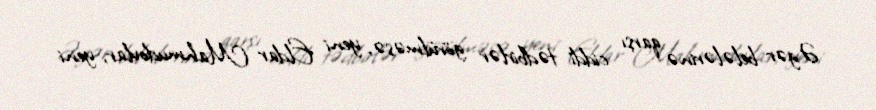
Əgər belələrinə qarşı ciddi tədbirlər görülməsə, yeni Eldar Mahmudovlar, yeni